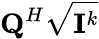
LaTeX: {\mathbf{Q}}^{H}\sqrt{{\mathbf{I}}^{k}}